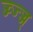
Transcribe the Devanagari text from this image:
ज्ज्ज्ज्ज्